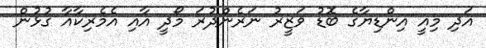
އަދި މިއީ އިންޑިޔާގެ ބޮޑު ވަޒީރު ނަރެންދުރަ މޯދީ އާއި އެމެރިކާއާ ގުޅުން